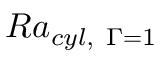
R a _ { c y l , \ \Gamma = 1 }